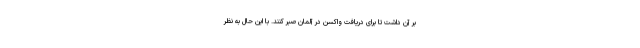
بر آن داشت تا برای دریافت واکسن در آلمان صبر کنند. با این حال به نظر